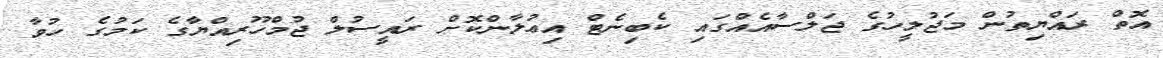
އޮތް ރައްޔިތުން މަޖުލީހުގެ ޖަލްސާއެއްގައި ކެބިނެޓް އިޢުލާންކޮށް ރައީސުލް ޖުމްހޫރިއްޔާގެ ކަމުގެ ހުވާ